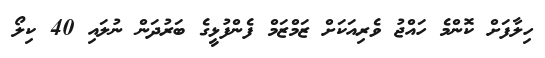
ހިލާފަށް ކޮންމެ ހައްޖު ވެރިއަކަށް ޒަމްޒަމް ފެންފުޅީގެ ބަރުދަން ނުލައި 40 ކިލޯ